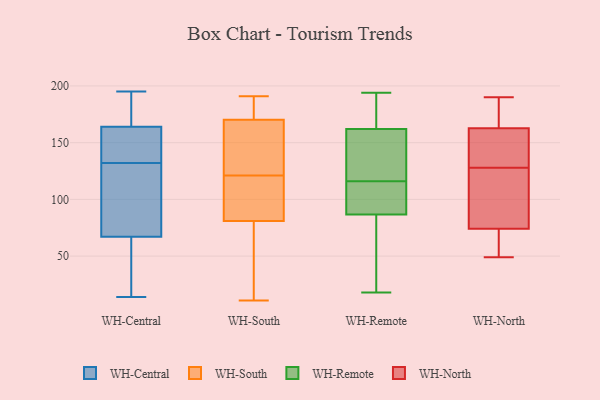
{"axis": {"x": "Budget (USD K)", "y": "Value"}, "legend": ["WH-Central", "WH-North", "WH-Remote", "WH-South"], "data": [{"x": "", "y": 92, "type": "WH-Central"}, {"x": "", "y": 167, "type": "WH-Central"}, {"x": "", "y": 175, "type": "WH-Central"}, {"x": "", "y": 126, "type": "WH-Central"}, {"x": "", "y": 133, "type": "WH-Central"}, {"x": "", "y": 21, "type": "WH-Central"}, {"x": "", "y": 125, "type": "WH-Central"}, {"x": "", "y": 59, "type": "WH-Central"}, {"x": "", "y": 164, "type": "WH-Central"}, {"x": "", "y": 14, "type": "WH-Central"}, {"x": "", "y": 141, "type": "WH-Central"}, {"x": "", "y": 67, "type": "WH-Central"}, {"x": "", "y": 131, "type": "WH-Central"}, {"x": "", "y": 155, "type": "WH-Central"}, {"x": "", "y": 151, "type": "WH-Central"}, {"x": "", "y": 167, "type": "WH-Central"}, {"x": "", "y": 24, "type": "WH-Central"}, {"x": "", "y": 195, "type": "WH-Central"}, {"x": "", "y": 191, "type": "WH-South"}, {"x": "", "y": 168, "type": "WH-South"}, {"x": "", "y": 121, "type": "WH-South"}, {"x": "", "y": 60, "type": "WH-South"}, {"x": "", "y": 143, "type": "WH-South"}, {"x": "", "y": 135, "type": "WH-South"}, {"x": "", "y": 106, "type": "WH-South"}, {"x": "", "y": 42, "type": "WH-South"}, {"x": "", "y": 148, "type": "WH-South"}, {"x": "", "y": 177, "type": "WH-South"}, {"x": "", "y": 11, "type": "WH-South"}, {"x": "", "y": 177, "type": "WH-South"}, {"x": "", "y": 34, "type": "WH-South"}, {"x": "", "y": 106, "type": "WH-South"}, {"x": "", "y": 88, "type": "WH-South"}, {"x": "", "y": 119, "type": "WH-South"}, {"x": "", "y": 191, "type": "WH-South"}, {"x": "", "y": 194, "type": "WH-Remote"}, {"x": "", "y": 158, "type": "WH-Remote"}, {"x": "", "y": 100, "type": "WH-Remote"}, {"x": "", "y": 141, "type": "WH-Remote"}, {"x": "", "y": 114, "type": "WH-Remote"}, {"x": "", "y": 172, "type": "WH-Remote"}, {"x": "", "y": 94, "type": "WH-Remote"}, {"x": "", "y": 168, "type": "WH-Remote"}, {"x": "", "y": 57, "type": "WH-Remote"}, {"x": "", "y": 18, "type": "WH-Remote"}, {"x": "", "y": 116, "type": "WH-Remote"}, {"x": "", "y": 141, "type": "WH-Remote"}, {"x": "", "y": 185, "type": "WH-Remote"}, {"x": "", "y": 89, "type": "WH-Remote"}, {"x": "", "y": 63, "type": "WH-Remote"}, {"x": "", "y": 80, "type": "WH-Remote"}, {"x": "", "y": 160, "type": "WH-Remote"}, {"x": "", "y": 102, "type": "WH-North"}, {"x": "", "y": 190, "type": "WH-North"}, {"x": "", "y": 49, "type": "WH-North"}, {"x": "", "y": 153, "type": "WH-North"}, {"x": "", "y": 166, "type": "WH-North"}, {"x": "", "y": 181, "type": "WH-North"}, {"x": "", "y": 65, "type": "WH-North"}, {"x": "", "y": 151, "type": "WH-North"}, {"x": "", "y": 102, "type": "WH-North"}, {"x": "", "y": 128, "type": "WH-North"}, {"x": "", "y": 51, "type": "WH-North"}]}